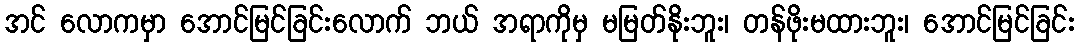
အင် လောကမှာ အောင်မြင်ခြင်းလောက် ဘယ် အရာကိုမှ မမြတ်နိုးဘူး၊ တန်ဖိုးမထားဘူး၊ အောင်မြင်ခြင်း